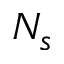
N _ { s }